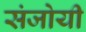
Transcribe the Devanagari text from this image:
संजोयी